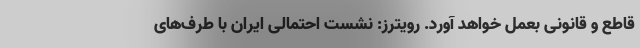
قاطع و قانونی بعمل خواهد آورد. رویترز: نشست احتمالی ایران با طرف‌های